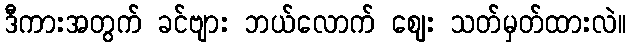
ဒီကားအတွက် ခင်ဗျား ဘယ်လောက် ဈေး သတ်မှတ်ထားလဲ။